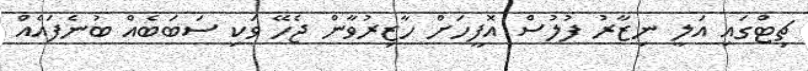
ޗިޓްގައި އަލީ ނިޒާރު ފުލުސް އޮފީހަށް ހާޒިރުވާން ޖެހޭ ވަކި ސަބަބެއް ބުނެފައެއް